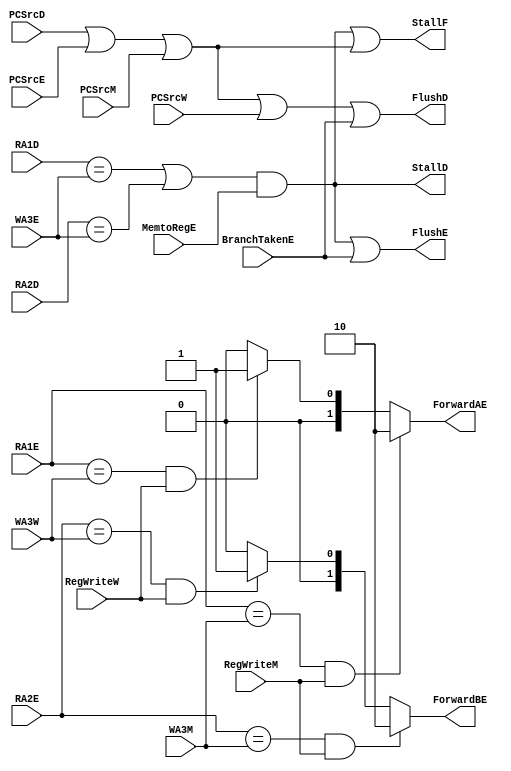
module HazardUnit
	(
		input [3:0] RA1E,RA2E,RA1D,RA2D, WA3E, WA3M, WA3W,
		input PCSrcD,PCSrcE,PCSrcM, PCSrcW, BranchTakenE,
		input RegWriteM, RegWriteW, MemtoRegE,
		output FlushE, FlushD, StallD, StallF,
		output reg [1:0] ForwardAE, ForwardBE
	);
	
	wire Match_1E_M, Match_1E_W;
	wire Match_2E_M, Match_2E_W;
	
	
	wire Match_12D_E, LDRStall, PCWrPendingF;
	
	
	assign Match_1E_M = (RA1E == WA3M);
	assign Match_1E_W = (RA1E == WA3W);
	
	assign Match_2E_M = (RA2E == WA3M);
	assign Match_2E_W = (RA2E == WA3W);
	
	assign Match_12D_E = (RA1D == WA3E) | (RA2D == WA3E);
	assign LDRStall = Match_12D_E & MemtoRegE;
	
	assign PCWrPendingF = PCSrcD | PCSrcE | PCSrcM;
	assign StallF = LDRStall | PCWrPendingF;	//Fetch is stalled when LDR happens or directly PC write operation
	assign StallD = LDRStall;	//Decode is stalled when LDR happens
	
	assign FlushD = PCWrPendingF | PCSrcW | BranchTakenE;	//When a PC write happens, Decode is flushed
	assign FlushE = LDRStall | BranchTakenE;	//When branch or LDR happens, execute flushed
	
	always@(*) begin		//ForwardAE signal is arranged for forwarding 
		
		if(Match_1E_M & RegWriteM) begin
			ForwardAE = 2'b10;
		end
		else if (Match_1E_W & RegWriteW) begin
			ForwardAE = 2'b01;
		end
		else begin
			ForwardAE = 2'b00;
		end
	end
	
	always@(*) begin		//ForwardBE signal is arranged for forwarding
		
		if(Match_2E_M & RegWriteM) begin
			ForwardBE = 2'b10;
		end
		else if (Match_2E_W & RegWriteW) begin
			ForwardBE = 2'b01;
		end
		else begin
			ForwardBE = 2'b00;
		end
	end
	
endmodule